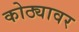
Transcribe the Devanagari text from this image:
कोठ्यावर